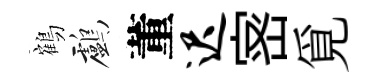
鶴鸕董迟宻覓